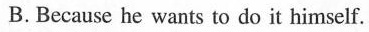
B.Because he wants to do it himself.